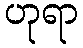
ဟုရာ